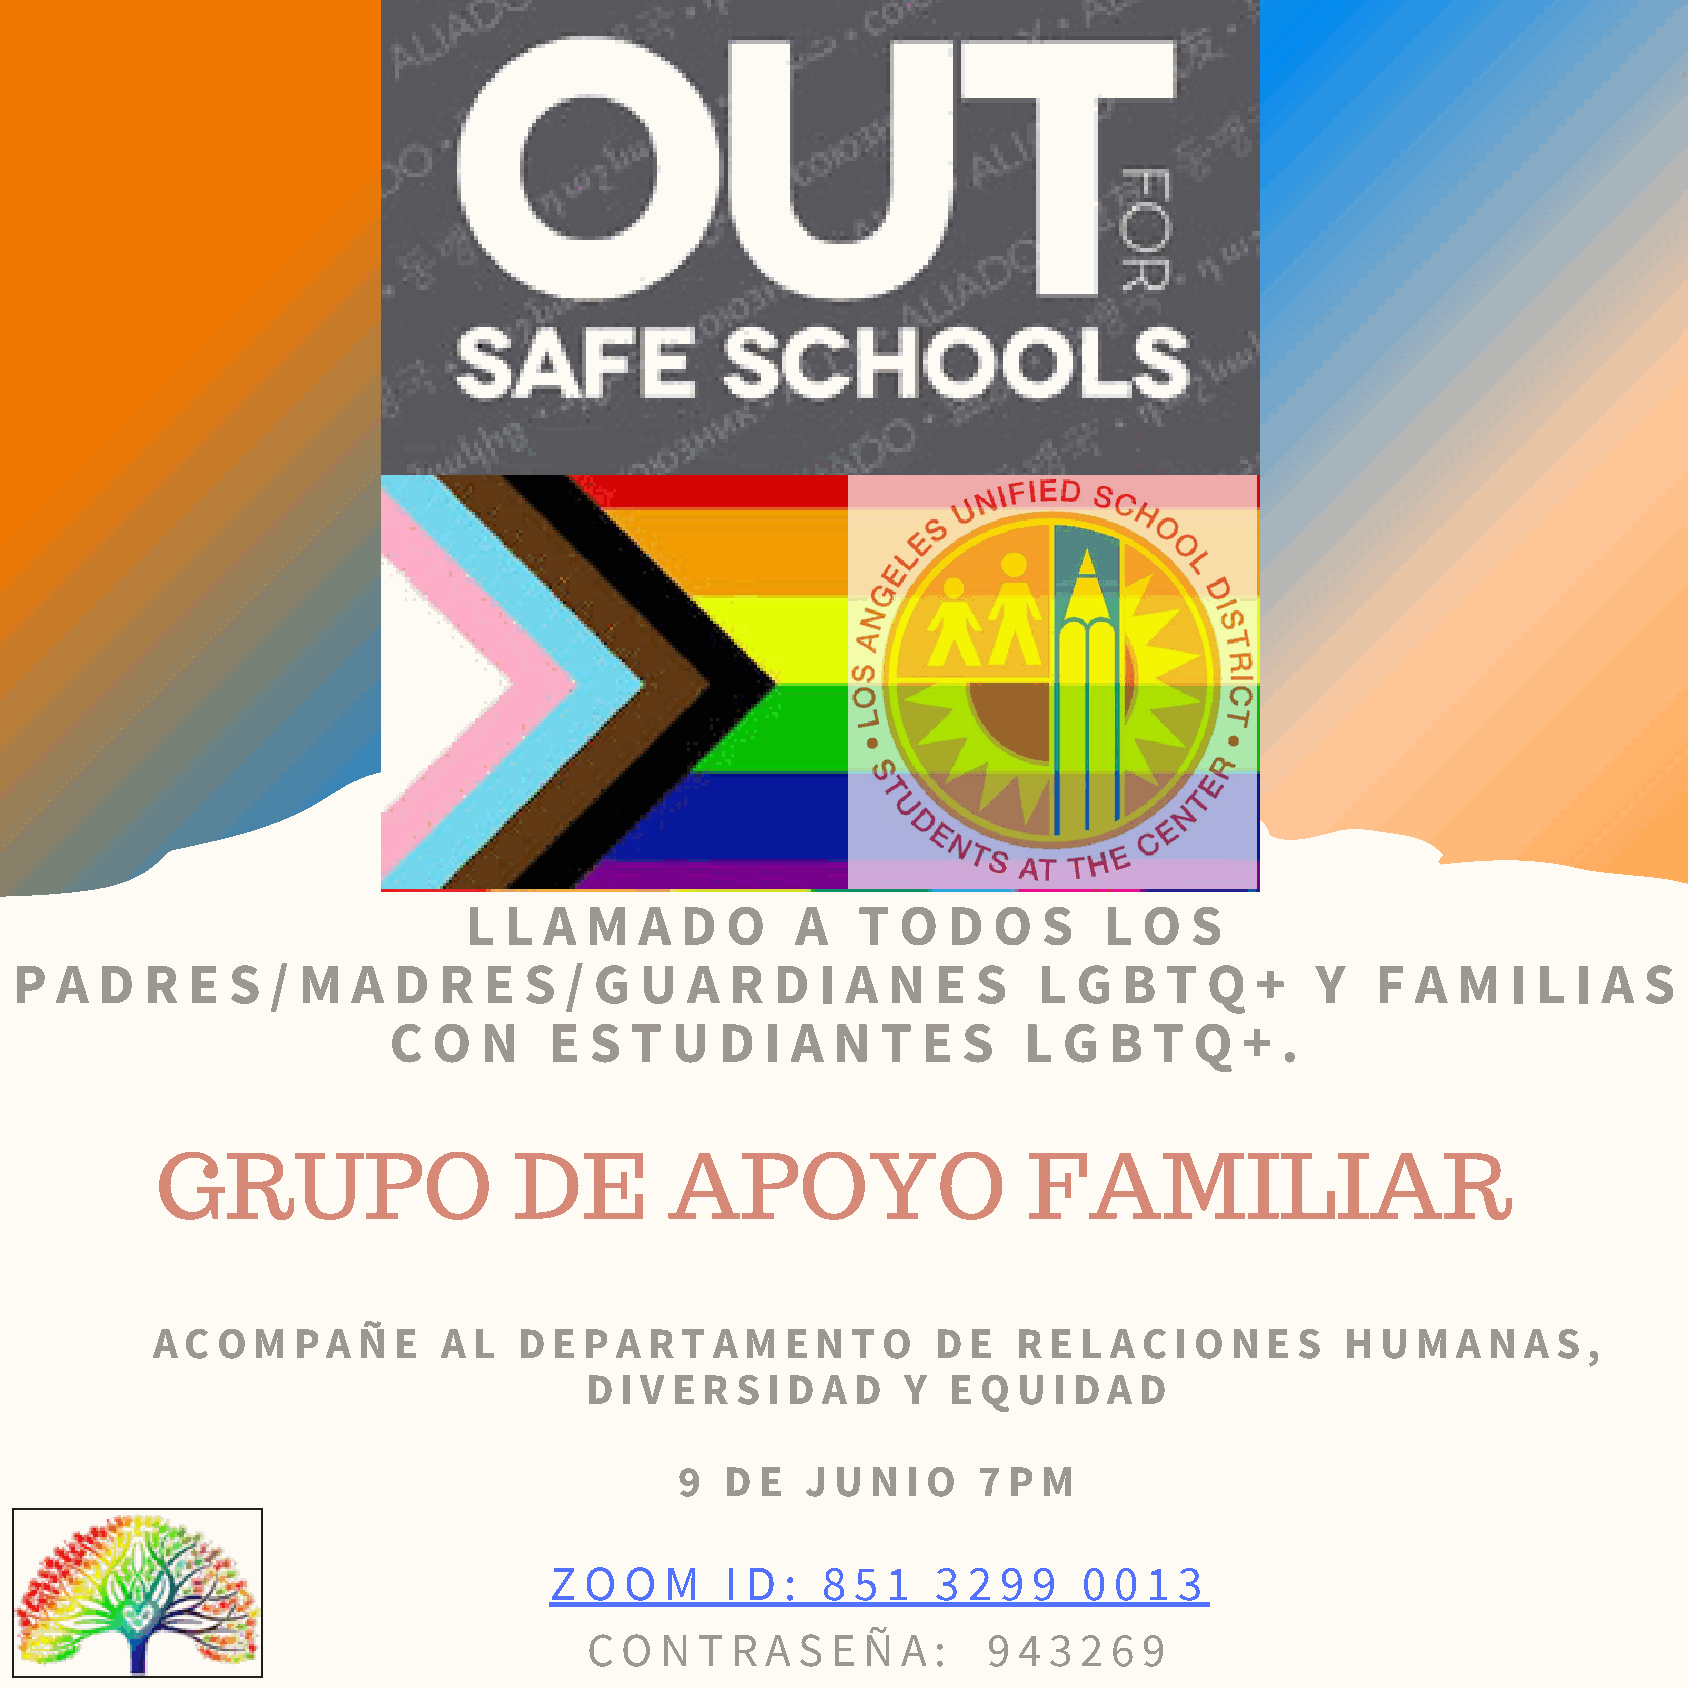
L L  A  M  A  D  O    A   T O   D  O  S   L  O  S
 P  A D   R E  S  / M  A  D  R  E  S / G  U  A  R  D  I A  N  E  S   L G  B  T  Q  +   Y   F  A M   I L I A  S
 C  O  N   E  S  T U   D  I A N  T  E  S   L G  B  T  Q  +  .
 GRUPO                   DE        APOYO                   FAMILIAR
 A C O  M P  A Ñ E  A L  D  E P A R T A M  E N T O   D E  R E L A  C I O N E S  H U  M A N  A S ,
 D I V E R S I D A D  Y  E Q U  I D A D
 9  D E  J U  N I O  7 P M
 Z  O O  M   I D : 8 5  1  3 2 9 9   0 0 1 3
 C O  N T R  A S E Ñ  A :  9 4 3 2  6 9